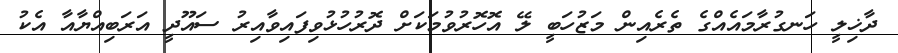
ދާޚިލީ ހަނގުރާމައެއްގެ ތެރެއިން މަޒުހަބީ ލޭ އޮހޮރުވުމަކަށް ދޮރުހުޅުވިފައިވާއިރު ސައޫދީ އަރަބިއްޔާއާ އެކު